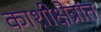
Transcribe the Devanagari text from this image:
काशीक्षेत्रांत